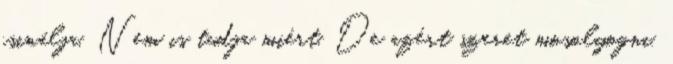
csinálja. Nem is tudja miért. De azért szeret mosolyogni.